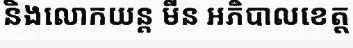
និងលោកយន្ត មីន អភិបាលខេត្ត